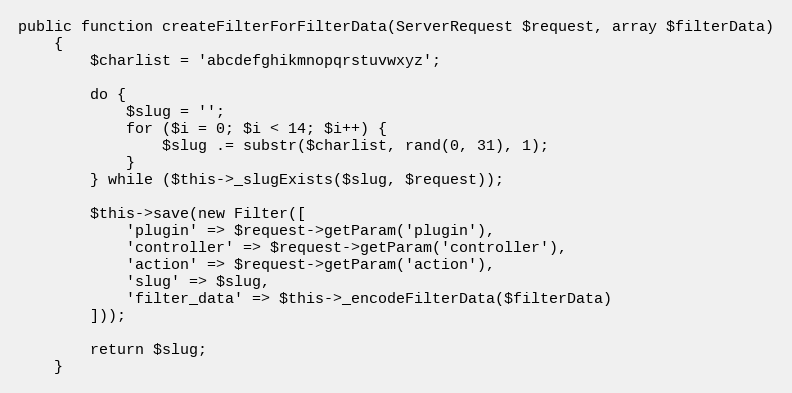
Language: PHP
public function createFilterForFilterData(ServerRequest $request, array $filterData)
    {
        $charlist = 'abcdefghikmnopqrstuvwxyz';

        do {
            $slug = '';
            for ($i = 0; $i < 14; $i++) {
                $slug .= substr($charlist, rand(0, 31), 1);
            }
        } while ($this->_slugExists($slug, $request));

        $this->save(new Filter([
            'plugin' => $request->getParam('plugin'),
            'controller' => $request->getParam('controller'),
            'action' => $request->getParam('action'),
            'slug' => $slug,
            'filter_data' => $this->_encodeFilterData($filterData)
        ]));

        return $slug;
    }